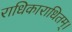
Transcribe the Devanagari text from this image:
राधिकाराधितम्।